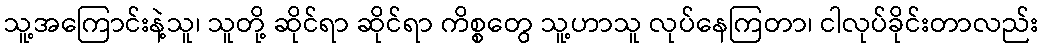
သူ့အကြောင်းနဲ့သူ၊ သူတို့ ဆိုင်ရာ ဆိုင်ရာ ကိစ္စတွေ သူ့ဟာသူ လုပ်နေကြတာ၊ ငါလုပ်ခိုင်းတာလည်း